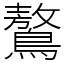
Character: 鷔